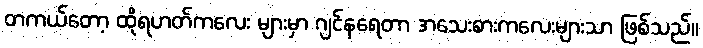
တကယ်တော့ ထိုရဟတ်ကလေး များမှာ ဂျင်နရေတာ အသေးစားကလေးများသာ ဖြစ်သည်။